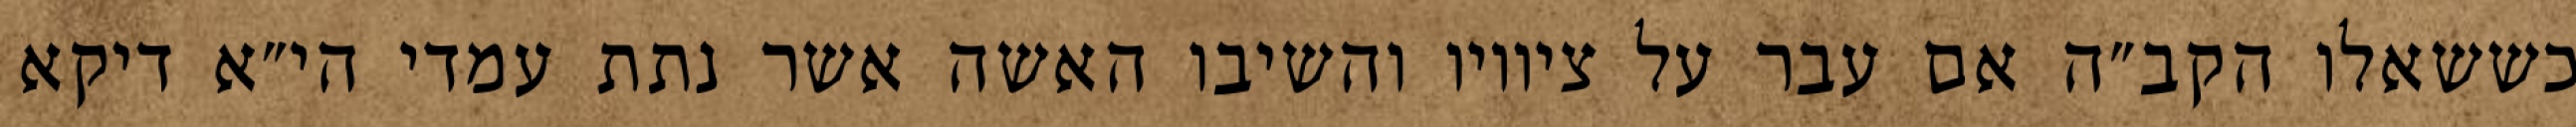
כששאלו הקב״ה אם עבר על ציוויו והשיבו האשה אשר נתת עמדי הי״א דיקא